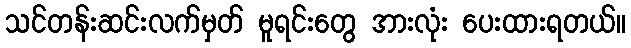
သင်တန်းဆင်းလက်မှတ် မူရင်းတွေ အားလုံး ပေးထားရတယ်။